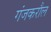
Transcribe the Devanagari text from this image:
गंजकरौल